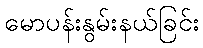
မောပန်းနွမ်းနယ်ခြင်း